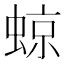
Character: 𧌬